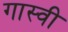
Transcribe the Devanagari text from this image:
गास्वी